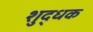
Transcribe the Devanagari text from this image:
शुद्धक